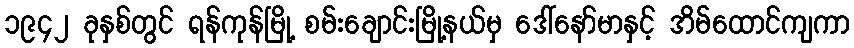
၁၉၄၂ ခုနှစ်တွင် ရန်ကုန်မြို့ စမ်းချောင်းမြို့နယ်မှ ဒေါ်နော်မာနှင့် အိမ်ထောင်ကျကာ